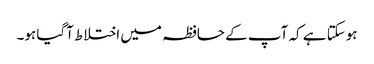
ہوسکتا ہے کہ آپ کے حافظہ میں اختلاط آگیا ہو۔